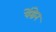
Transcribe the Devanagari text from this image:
पेंग्रेन